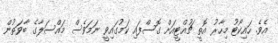
އެވެ. ހައިކޯޓު މިހާރު އޮތީ ޗުއްޓީއަށް ގޮސްފައި ކަމުގައިވީ ނަމަވެސް މައްސަލާގެ ބާވަތުން